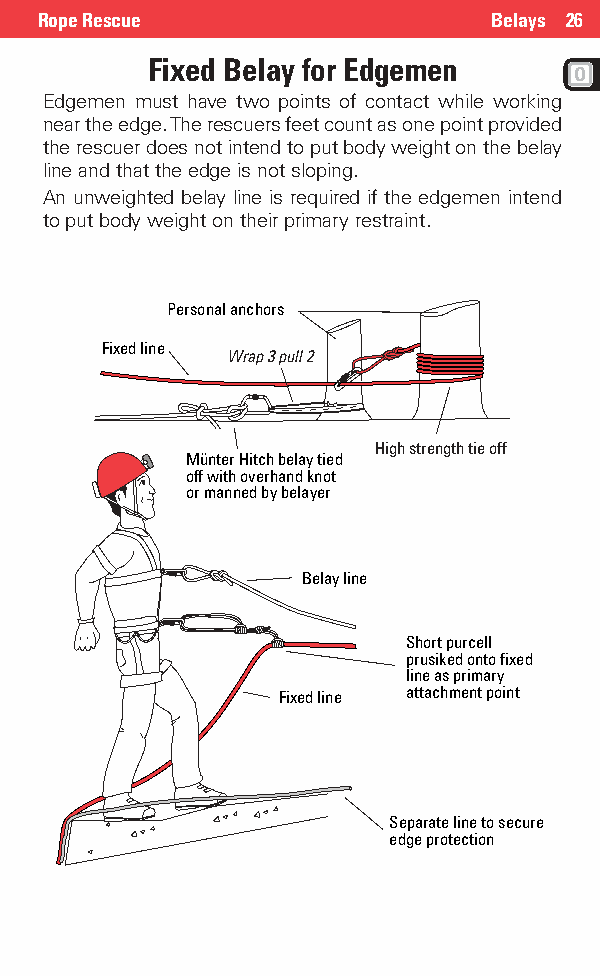
Rope Rescue                   Belays 26
 Fixed Belay for Edgemen
 Edgemen must have two points of contact while working
 near the edge. The rescuers feet count as one point provided
 the rescuer does not intend to put body weight on the belay
 line and that the edge is not sloping.
 An unweighted belay line is required if the edgemen intend
 to put body weight on their primary restraint.
 Personal anchors
 Fixed line
 Wrap 3 pull 2
 High strength tie off
 Münter Hitch belay tied
 off with overhand knot
 or manned by belayer
 Belay line
 Short purcell
 prusiked onto fixed
 line as primary
 Fixed line attachment point
 Separate line to secure
 edge protection